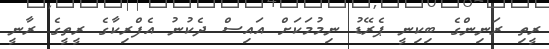
ރީތި ރަނިންގެ ބިކިނީ ޕެރޭޑު ނިމުމަކަށް އައިސް ދެކުނު އެފްރިކާގެ ރީތީގެ ރާނީ